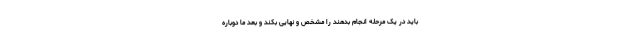
باید در یک مرحله انجام بدهند را مشخص و نهایی بکند و بعد ما دوباره